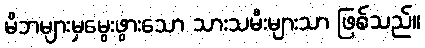
မိဘများမှမွေးဖွားသော သားသမီးများသာ ဖြစ်သည်။